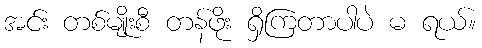
အင်း တစ်မျိုးစီ တန်ဖိုး ရှိကြတာပါပဲ မ ရယ်။